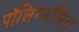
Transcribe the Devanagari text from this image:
पॉलिग्लॉनिक